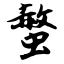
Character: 螫